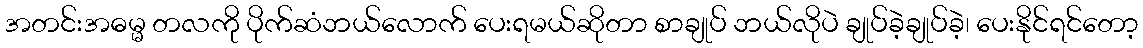
အတင်းအဓမ္မ တလကို ပိုက်ဆံဘယ်လောက် ပေးရမယ်ဆိုတာ စာချုပ် ဘယ်လိုပဲ ချုပ်ခဲ့ချုပ်ခဲ့၊ ပေးနိုင်ရင်တော့